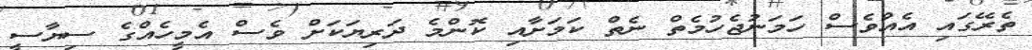
ތެރޭގައި އެއްވެސް ހަމަނުޖެހުމެތް ނެތް ކަމަށާއި ކޮންމެ ދަރިޔަކަށް ވެސް އެމީހެއްގެ ސިޔާސީ